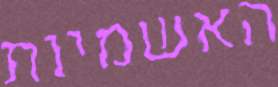
האשמיות